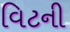
વિટની